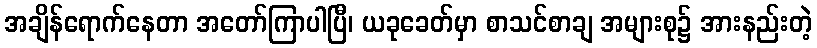
အချိန်ရောက်နေတာ အတော်ကြာပါပြီ၊ ယခုခေတ်မှာ စာသင်စာချ အများစု၌ အားနည်းတဲ့